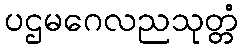
ပဌမဂေလညသုတ္တံ